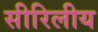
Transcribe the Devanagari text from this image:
सीरिलीय